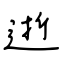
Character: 逝